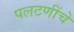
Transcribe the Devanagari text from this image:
पलटणींचे